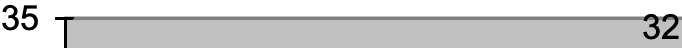
35                   32